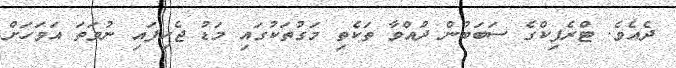
ދެއެވެ. ޓްރެފިކްގެ ސަބަބުން ދުއްވާ ތަކެތި މަގުތަކުގައި މަޑު ޖެހިފައި ނުވަތަ އަވަހަށް